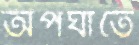
অপঘাতে